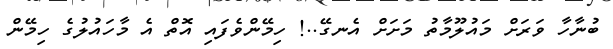
ބުނާހާ ވަރަށް މައުލޫމާތު މަށަށް އެނގޭ..! ހިމޭންވެފައި އޮތް އެ މާހައުލުގެ ހިމޭން